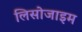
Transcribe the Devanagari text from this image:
लिसोजाइम